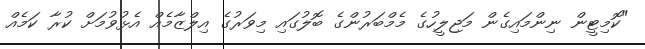
"ކޮމިޓީން ނިންމައިގެން މަޖިލީހުގެ މެމްބަރުންގެ ބޮލުގައި މިވަރުގެ އިލްޒާމެއް އެޅުވުމަށް ކުރާ ކަމެއް